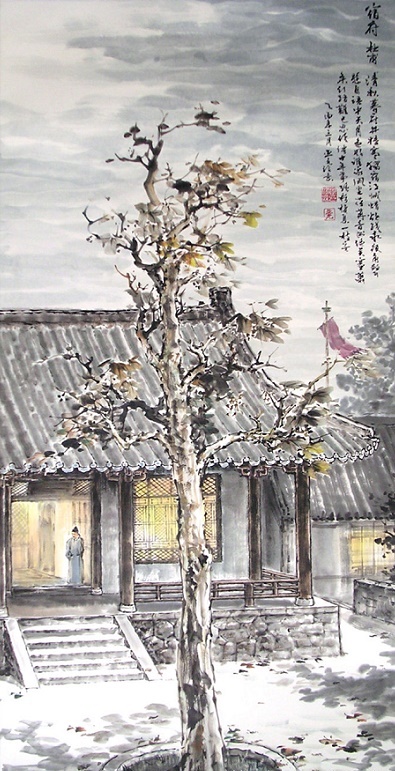
已忍伶俜十年事，强移栖息一枝安。